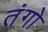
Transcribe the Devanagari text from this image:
तंगो